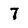
Character: 7